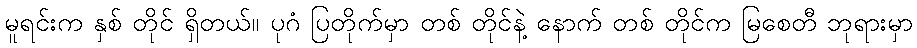
မူရင်းက နှစ် တိုင် ရှိတယ်။ ပုဂံ ပြတိုက်မှာ တစ် တိုင်နဲ့ နောက် တစ် တိုင်က မြစေတီ ဘုရားမှာ